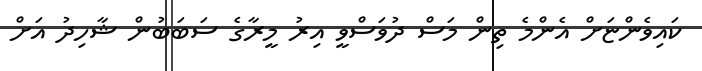
ކައިވެންޏަށް އެންމެ ތިން މަސް ދުވަސްވީ އިރު މީރާގެ ސަބަބުން ޝާހިދު އަށް